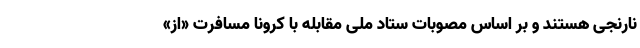
نارنجی هستند و بر اساس مصوبات ستاد ملی مقابله با کرونا مسافرت «از»